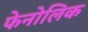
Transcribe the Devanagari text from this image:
फेनोलिक